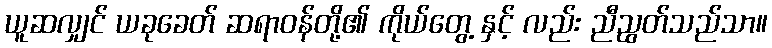
ယူဆလျှင် ယခုခေတ် ဆရာဝန်တို့၏ ကိုယ်တွေ့ နှင့် လည်း ညီညွတ်သည်သာ။